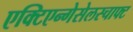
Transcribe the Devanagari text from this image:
एक्टिएन्गेसेलस्चाफ्ट